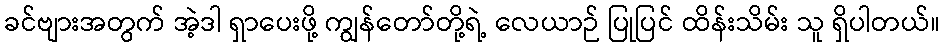
ခင်ဗျားအတွက် အဲ့ဒါ ရှာပေးဖို့ ကျွန်တော်တို့ရဲ့ လေယာဉ် ပြုပြင် ထိန်းသိမ်း သူ ရှိပါတယ်။